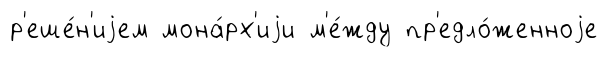
р'еше́н'иjем мона́рх'иjи м'е́жду пр'едло́женноjе